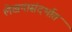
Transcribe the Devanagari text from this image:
लेखनासंदर्भात